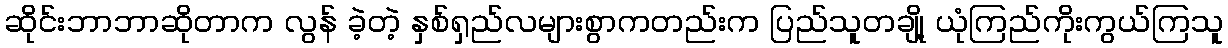
ဆိုင်းဘာဘာဆိုတာက လွန် ခဲ့တဲ့ နှစ်ရှည်လများစွာကတည်းက ပြည်သူတချို့ ယုံကြည်ကိုးကွယ်ကြသူ